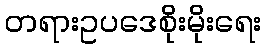
တရားဥပဒေစိုးမိုးရေး